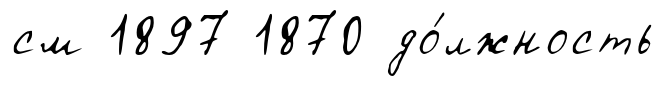
см 1897 1870 до́лжность